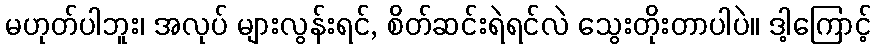
မဟုတ်ပါဘူး၊ အလုပ် များလွန်းရင်, စိတ်ဆင်းရဲရင်လဲ သွေးတိုးတာပါပဲ။ ဒါ့ကြောင့်